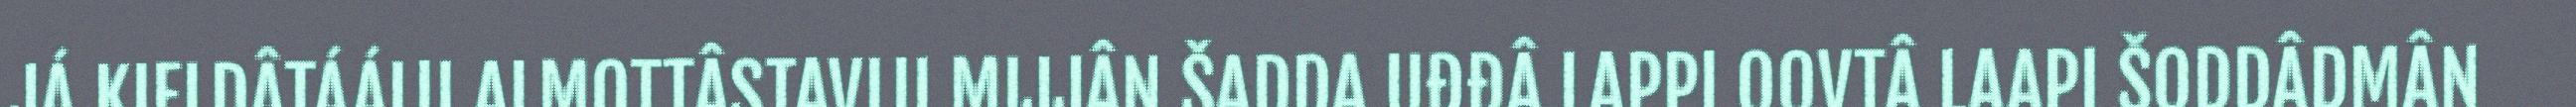
JÁ KIELDÂTÁÁLU ALMOTTÂSTAVLU MIJJÂN ŠADDA UĐĐÂ LAPPI OOVTÂ LAAPI ŠODDÂDMÂN